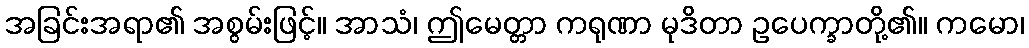
အခြင်းအရာ၏ အစွမ်းဖြင့်။ အာသံ၊ ဤမေတ္တာ ကရုဏာ မုဒိတာ ဥပေက္ခာတို့၏။ ကမော၊